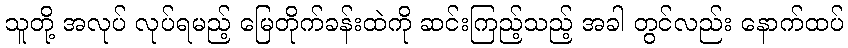
သူတို့ အလုပ် လုပ်ရမည့် မြေတိုက်ခန်းထဲကို ဆင်းကြည့်သည့် အခါ တွင်လည်း နောက်ထပ်